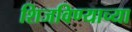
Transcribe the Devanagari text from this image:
शिजविण्याच्या